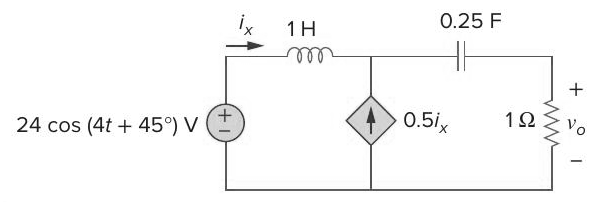
Components in this circuit:
inductor
capacitor
dependant current source
resistor
voltage source